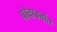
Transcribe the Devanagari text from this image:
पोवाड्यांत